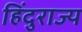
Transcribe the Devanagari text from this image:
हिंदुराज्य